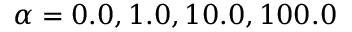
\alpha = 0 . 0 , 1 . 0 , 1 0 . 0 , 1 0 0 . 0